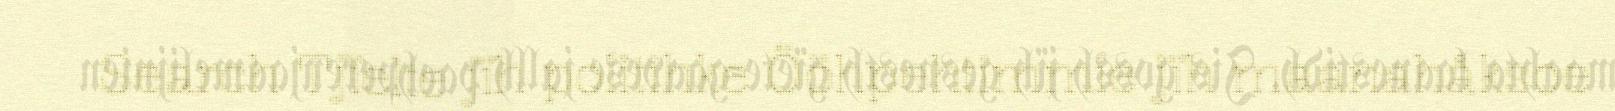
Search Tjïelte jïh politihke Ööhpehtimmie jïh maanahåksoe